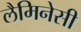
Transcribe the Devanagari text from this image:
लैमिनेसी